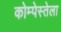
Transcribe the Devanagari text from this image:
कोम्पेस्तेला